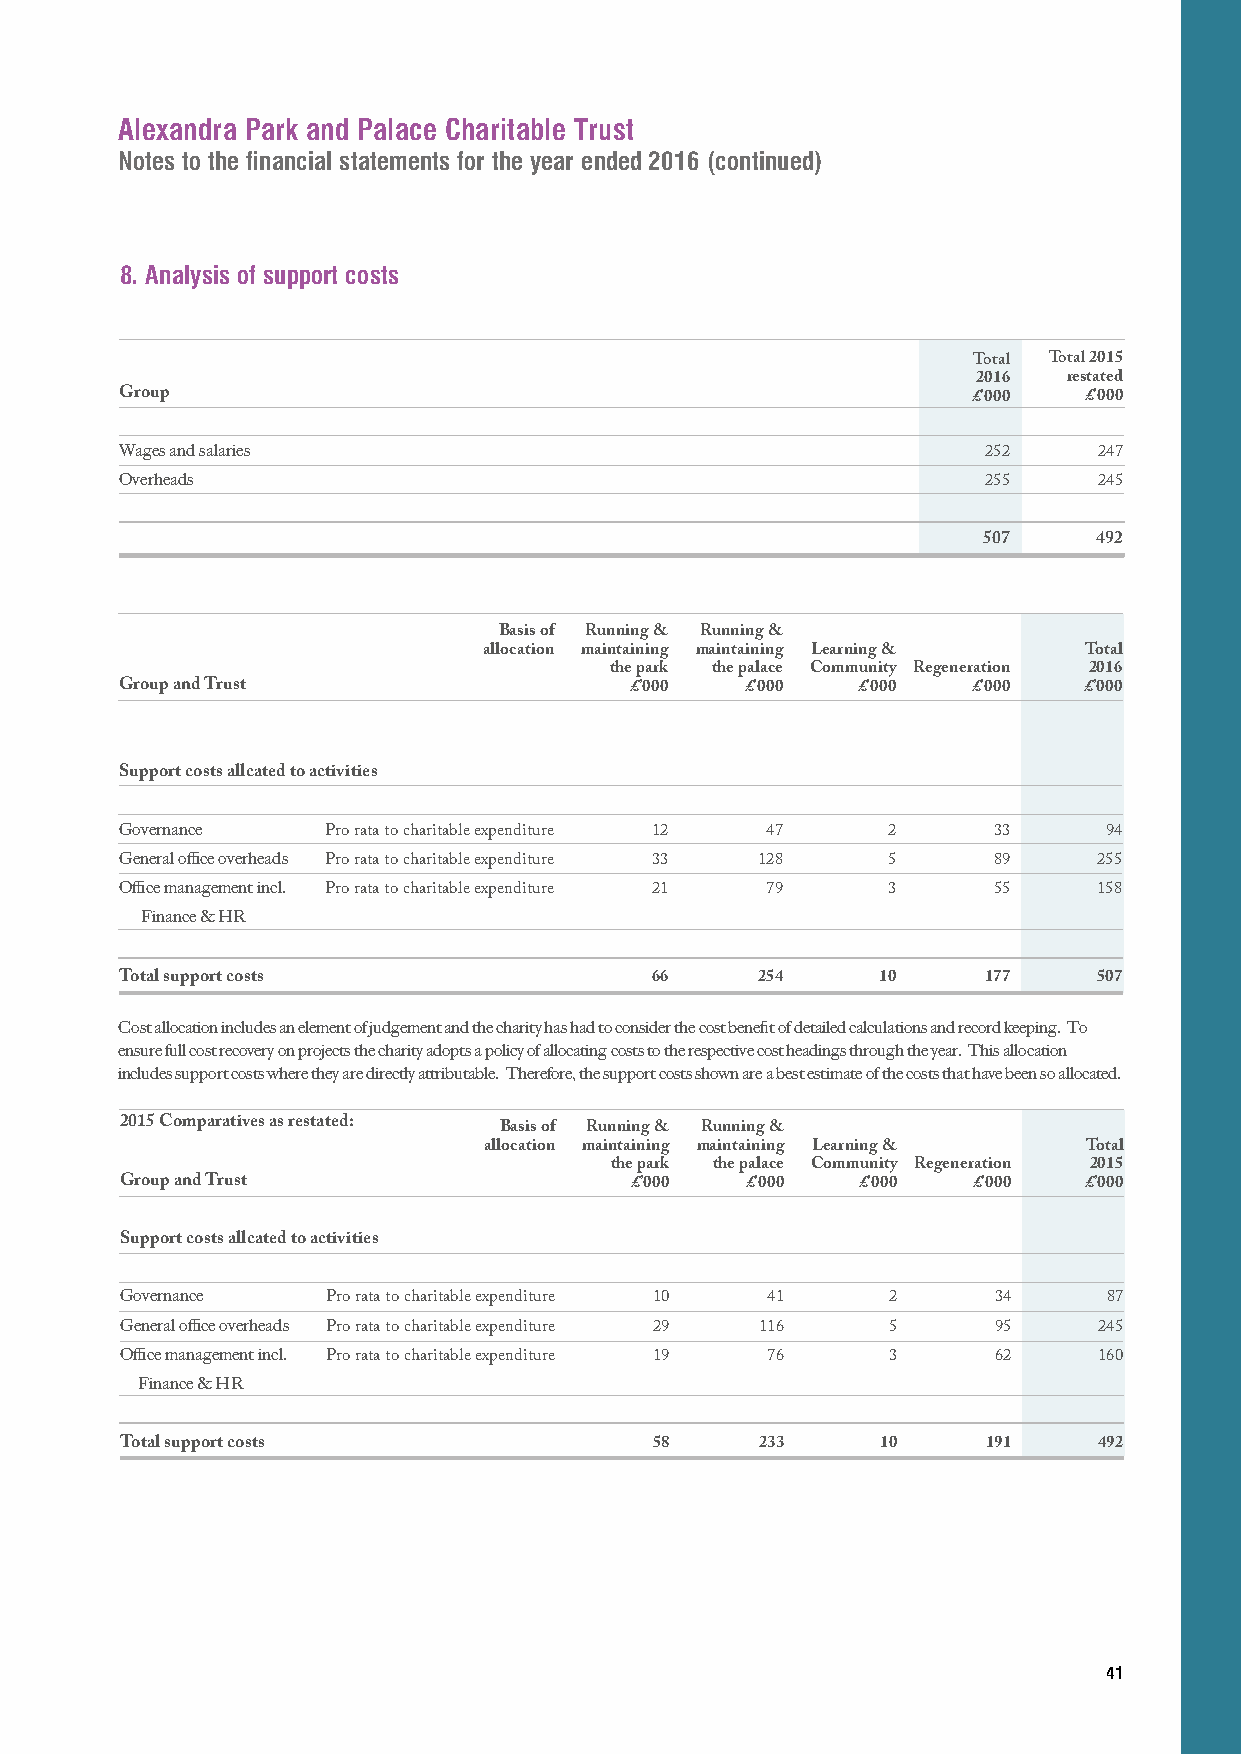
Alexandra Park and Palace Charitable Trust
 Notes to the financial statements for the year ended 2016 (continued)
 8. Analysis of support costs
 Total Total 2015
 2016  restated
 Group                                                   £’000   £’000
 Wages and salaries                                       252     247
 Overheads                                                255     245
 507     492
 Basis of Running & Running &
 allocation maintaining maintaining Learning & Total
 the park the palace Community Regeneration 2016
 Group and Trust                   £’000  £’000   £’000  £’000   £’000
 Support costs allcated to activities
 Governance    Pro rata to charitable expenditure 12 47 2  33     94
 General office overheads Pro rata to charitable expenditure 33 128 5 89 255
 Office management incl. Pro rata to charitable expenditure 21 79 3 55 158
 Finance & HR
 Total support costs                66     254     10     177     507
 Cost allocation includes an element of judgement and the charity has had to consider the cost benefit of detailed calculations and record keeping. To
 ensure full cost recovery on projects the charity adopts a policy of allocating costs to the respective cost headings through the year. This allocation
 includes support costs where they are directly attributable. Therefore, the support costs shown are a best estimate of the costs that have been so allocated.
 2015 Comparatives as restated: Basis of Running & Running &
 allocation maintaining maintaining Learning & Total
 the park the palace Community Regeneration 2015
 Group and Trust                   £’000  £’000   £’000  £’000   £’000
 Support costs allcated to activities
 Governance    Pro rata to charitable expenditure 10 41 2  34     87
 General office overheads Pro rata to charitable expenditure 29 116 5 95 245
 Office management incl. Pro rata to charitable expenditure 19 76 3 62 160
 Finance & HR
 Total support costs                58     233     10     191     492
 41